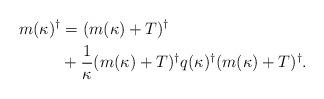
LaTeX: \begin{align*}m(\kappa)^\dagger &=(m(\kappa)+T)^\dagger\\&+\frac{1}{\kappa}(m(\kappa)+T)^\dagger q(\kappa)^{\dagger}(m(\kappa)+T)^\dagger .\end{align*}